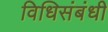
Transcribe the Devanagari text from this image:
विधिसंबंधी